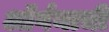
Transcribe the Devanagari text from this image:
ऑर्गनाची